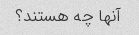
آنها چه هستند؟